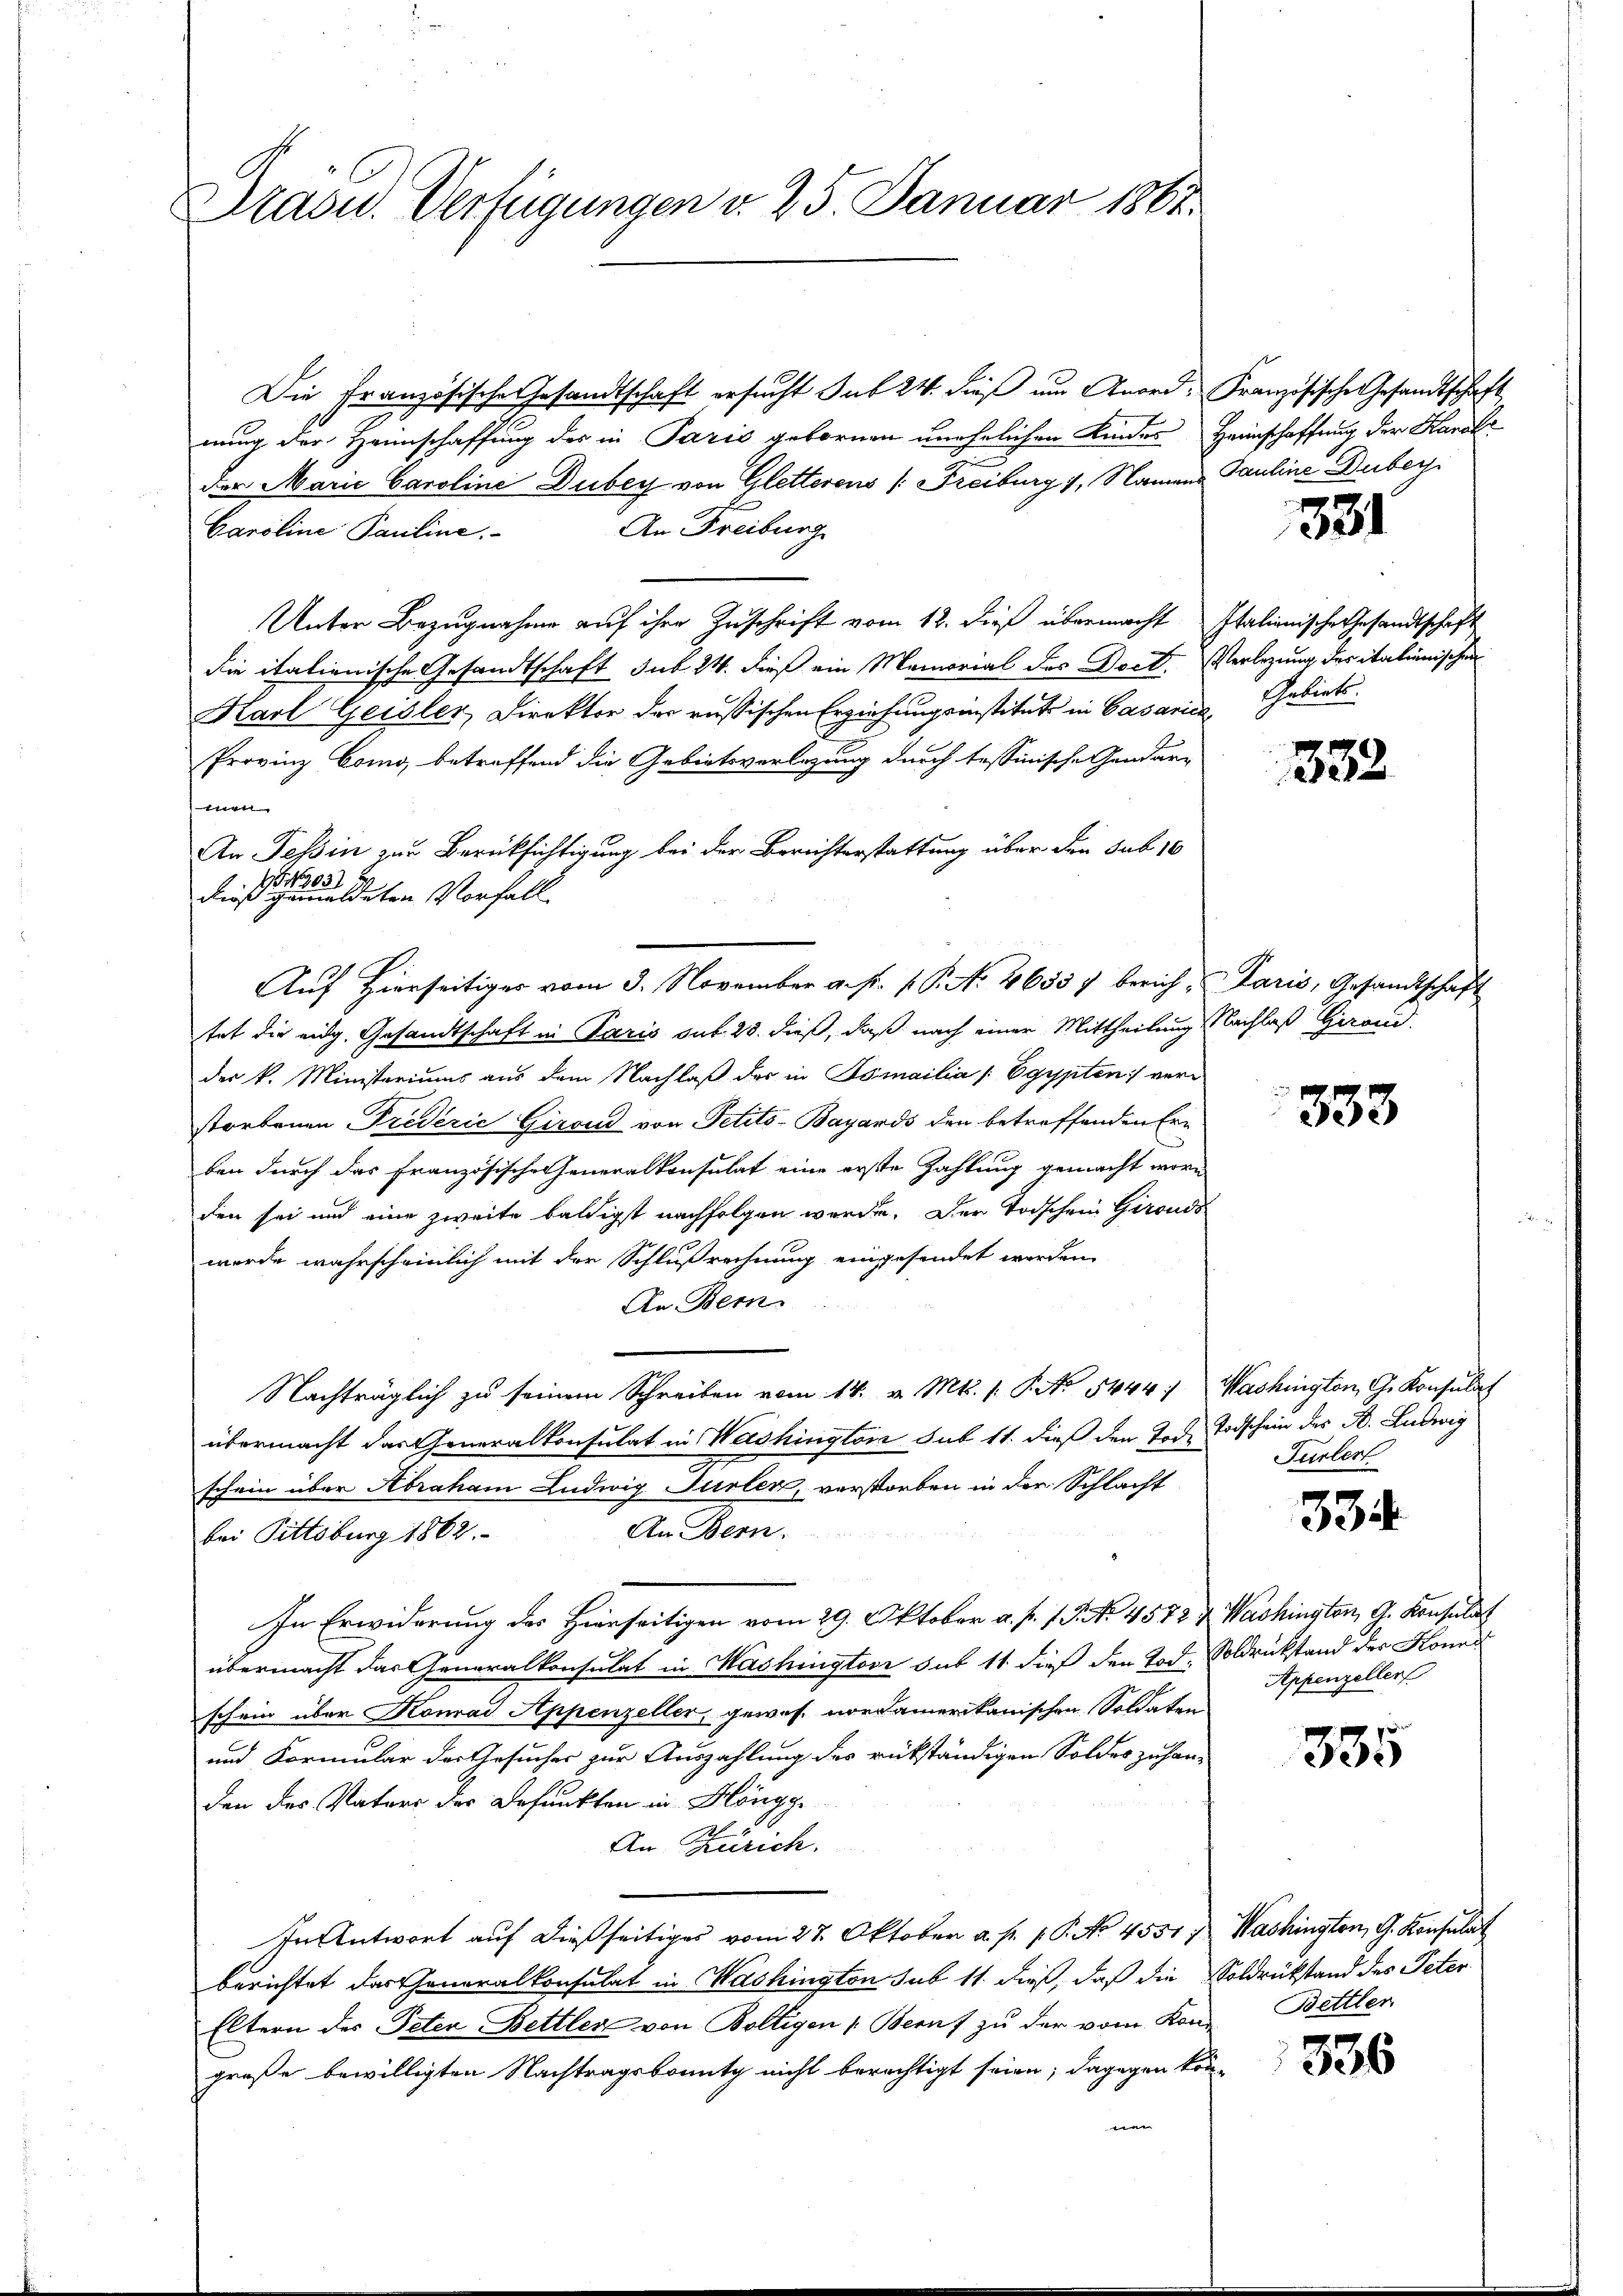
Stasu. Verfügungen v. 25. Januar 1861.

Die Französische Gesandtschaft ersucht sub 24. dieß um Anord- Französische Gesandtschaft
nung der Heimschaffung des in Paris gebornen unehelichen Kindes Heimschaffung der Karol
der Marić Caroline Duber von Gletterens (Freiburg 1. Namens Pauline Duber.
An Freiburg
Caroline Pauline
Unter Bezugnahme auf ihre Zuschrift vom 12. dieß übermacht Italienische Gesandtschaft
die italienische Gesandtschaft sub 24. dieß ein Memorial des Doct. Verlegung des italienischen
Karl Geisler, Direktor der russischen Erziehungsinstitut in Casanica, Gebiets
Provinz Como, betreffend die Gebietsverlegung durch tessinische Gendar-
An Tessin zur Berücksichtigung bei der Berichterstattung über den sub 16
tat die eidg. Gesandtschaft in Paris sub 28. dieß, daß nach einer Mittheilung Nachlaß Herand
der k. Ministeriums aus dem Nachlaß der in Tomailia /: Egypten verstorbenen Priderić Giroud von Petits-Bayards den betreffenden Ern
ben durch das französische Generalkonsulat eine erste Zahlung gemacht worden sei und eine zweite baldigst nachfolgen werde. Der Todschein Girouds
wurde wahrscheinlich mit der Schlußrechnung eingefindet worden,
An Bem
Nachträglich zu seinem Schreiben vom 14. v. Mts. 1. P. No 5444. Washington, G. Konsulat
übermacht das Generalkonsulat in Washington sub 11. dieß den Tod Todschein des B. Ludwig
schein über Abraham Ludwig Türler, verstorben in der Schlacht
An Bern.
bei Pittsburg 1862.
In Erwiderung des Hierseitigen vom 29. Oktober a. p. 1. No. 4572 & Washington, G. Konsulat
übermacht das Generalkonsulat in Mashingtoni sub 11 dieß den Tod. Soldrückstand der Konad
schein über Konrad Appenzeller, gewes nordamerikanischen Soldaten
und Formular der Gesucher zur Auszahlung des rückständigen Soldes zuhan-
den des Vaters der Defunkten in Höngg
An Zürich.
In Antwort auf dießseitiges vom 27. Oktober a. p. p. P. No 4551, Washington, G. Konsulat
berichtet das Generalkonsulat in Washington sub 11. dieß, daß die Soldrückstand des Peter
Eltern des Peter Bettler von Boltigen Beruf zu der vom Kon-
große bewilligten Nachtragsbounty nicht berechtigt seien; dagegen kön-
e

men.
9031
dieß gemeldeten Vorfall.

Aŭf Hierseitiger vom 3. November a. s. f. P. No. 4655) berich, Paris, Gesandtschaft

331

332

333

Fürler

534

Appenzeller

335

Bettler

336